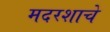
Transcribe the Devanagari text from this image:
मदरशाचे